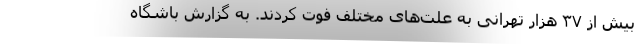
بیش از ۳۷ هزار تهرانی به علت‌های مختلف فوت کردند. به گزارش باشگاه